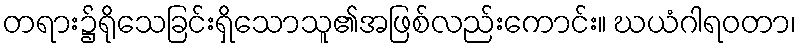
တရား၌ရိုသေခြင်းရှိသောသူ၏အဖြစ်လည်းကောင်း။ ဃယံဂါရဝတာ၊